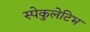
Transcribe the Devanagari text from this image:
स्पेकुलेटिभ